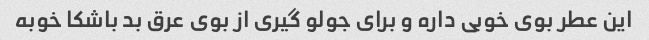
این عطر بوی خوبی داره و برای جولو گیری از بوی عرق بد باشکا خوبه